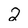
Character: 2